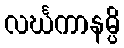
လင်္ဃကာနမ္ပိ